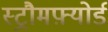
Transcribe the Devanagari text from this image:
स्ट्रौमफ़्योर्ड